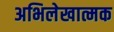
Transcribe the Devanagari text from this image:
अभिलेखात्मक